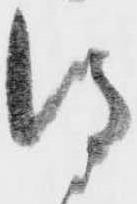
得